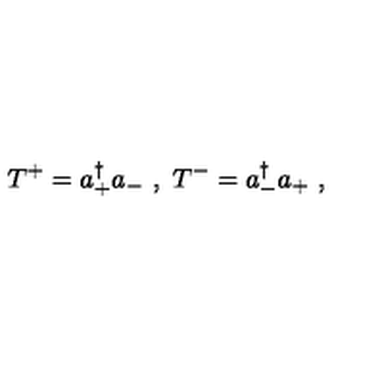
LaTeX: T ^ { + } = a _ { + } ^ { \dagger } a _ { - } \ , \ T ^ { - } = a _ { - } ^ { \dagger } a _ { + } \ ,